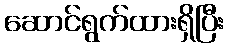
ဆောင်ရွက်ထားရှိပြီး